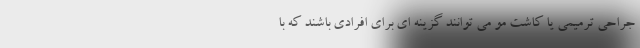
جراحی ترمیمی یا کاشت مو می توانند گزینه ای برای افرادی باشند که با